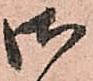
御